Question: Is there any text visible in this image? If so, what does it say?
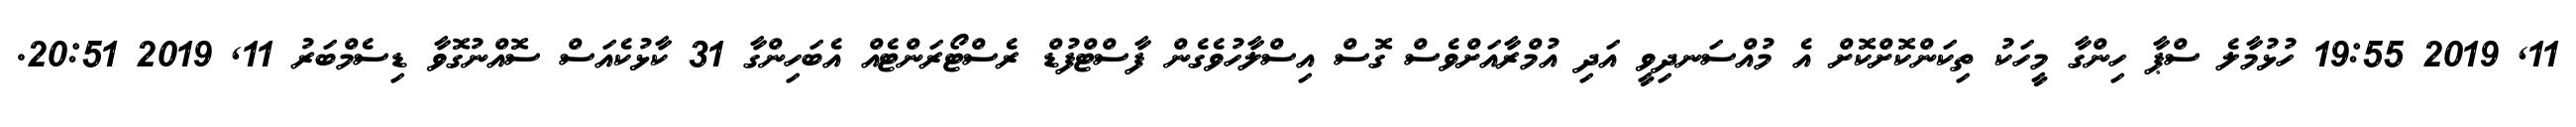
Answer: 11, 2019 19:55 ހުޅުމާލެ ސްޕާ ހިންގާ މީހަކު ތިކަންކޮށްކޮށް އެ މުއްސަނދިވީ އަދި އުމްރާއަށްވެސް ގޮސް އިސްލާހުވެގެން ފާސްޓްފުޑް ރެސްޓޯރަންޓެއް އެބަހިންގާ 31 ކާޅުކެއަސް ސޮއްނުގޮވާ ޑިސެމްބަރު 11, 2019 20:51.